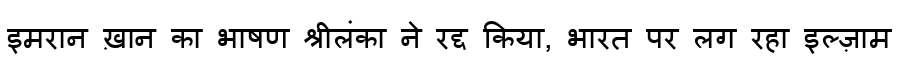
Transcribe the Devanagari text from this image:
इमरान ख़ान का भाषण श्रीलंका ने रद्द किया, भारत पर लग रहा इल्ज़ाम